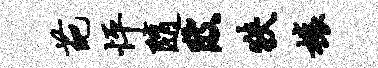
葩怦随陂狭榱